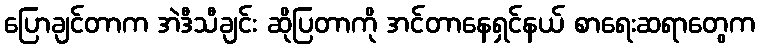
ပြောချင်တာက အဲဒီသီချင်း ဆိုပြတာကို အင်တာနေရှင်နယ် စာရေးဆရာတွေက